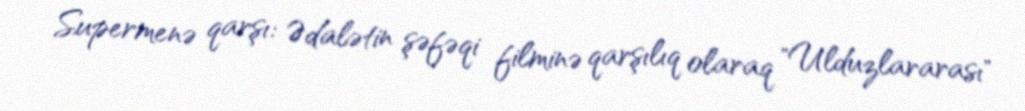
Supermenə qarşı: Ədalətin şəfəqi filminə qarşılıq olaraq "Ulduzlararası"